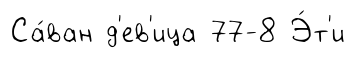
Са́ван д'ев'ица 77-8 Э́т'и